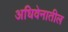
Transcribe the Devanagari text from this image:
अधिवेनातील